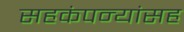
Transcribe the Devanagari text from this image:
सहकंपन्यांसह